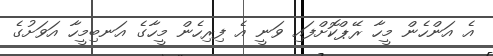
އެ އަންހެން މީހާ ރޭޕްކޮށްފައި ވަނީ އެ ފިރިހެން މީހާގެ އަނބިމީހާ އަވަށުގެ